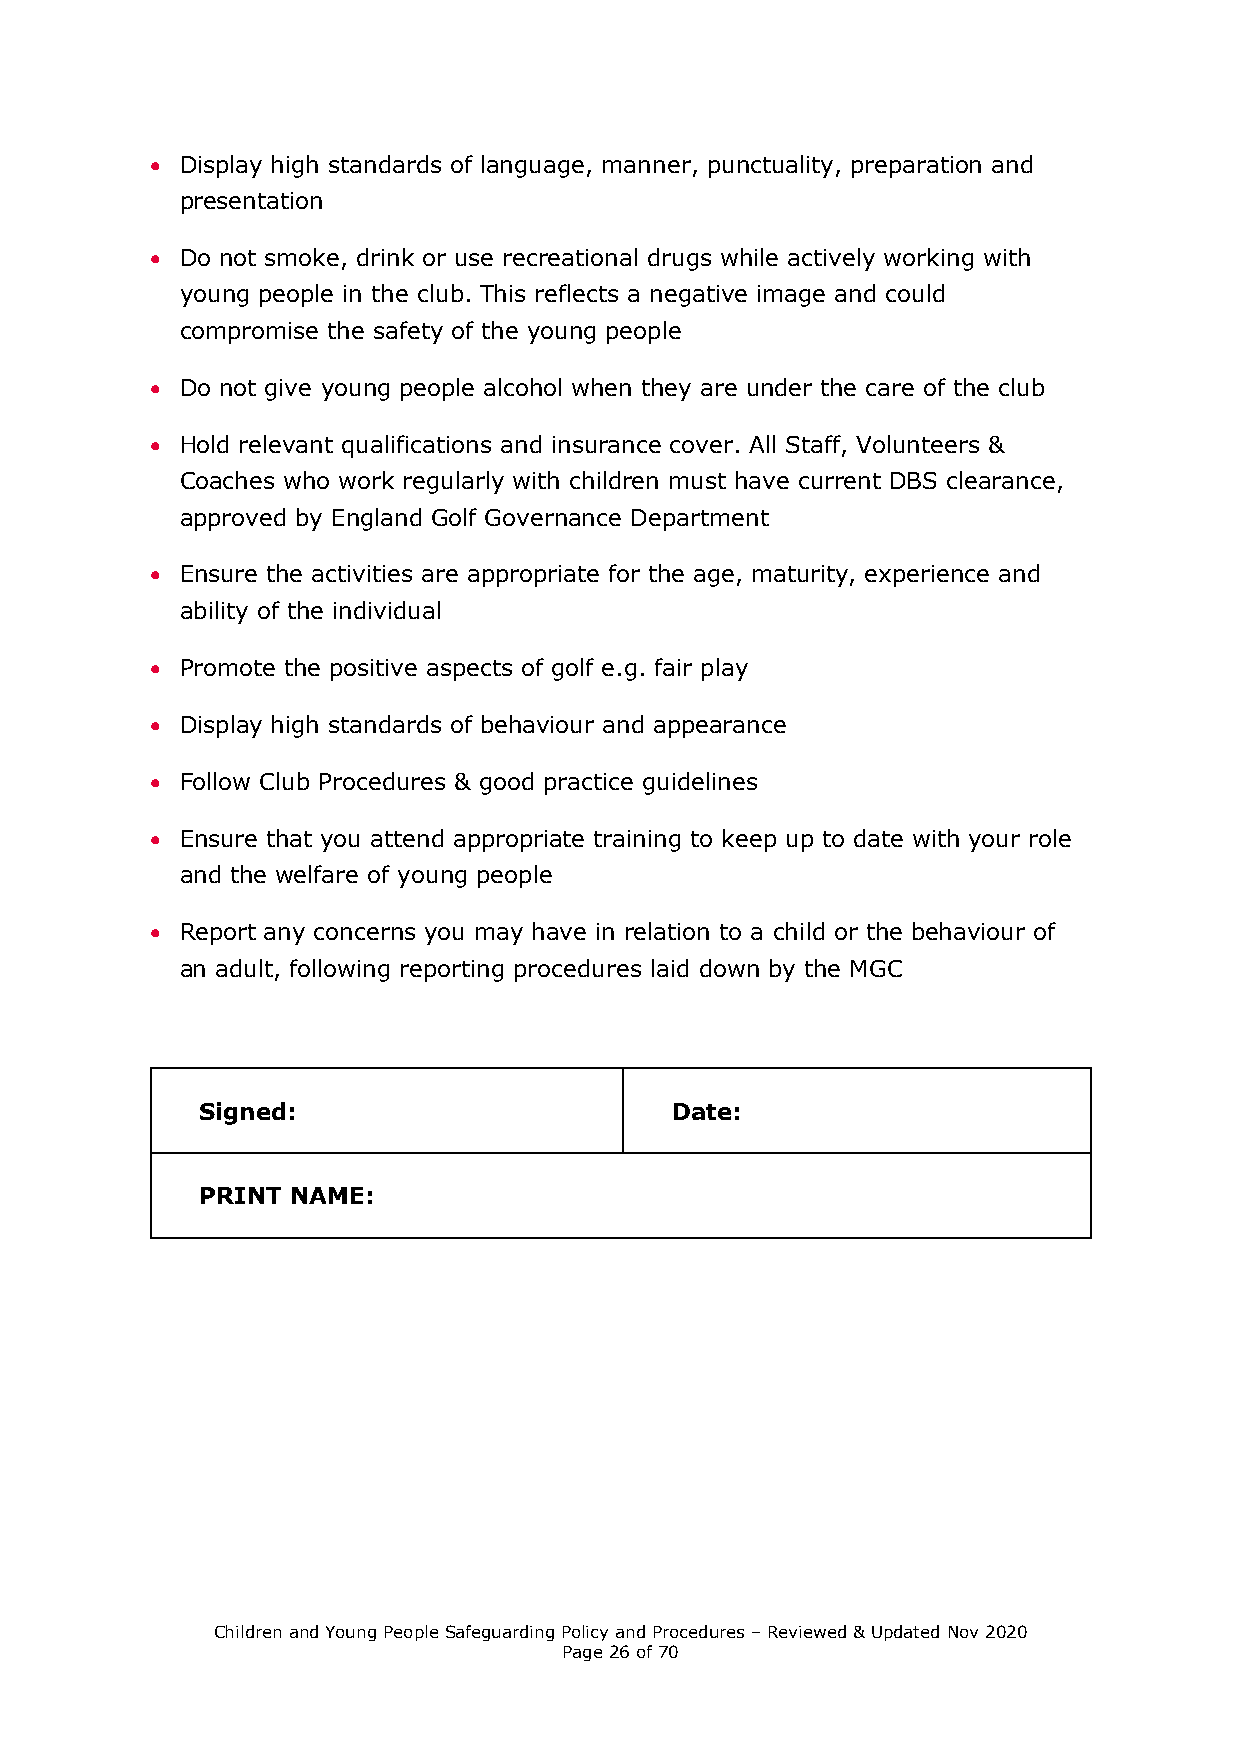
 Display high standards of language, manner, punctuality, preparation and
 presentation
  Do not smoke, drink or use recreational drugs while actively working with
 young people in the club. This reflects a negative image and could
 compromise the safety of the young people
  Do not give young people alcohol when they are under the care of the club
  Hold relevant qualifications and insurance cover. All Staff, Volunteers &
 Coaches who work regularly with children must have current DBS clearance,
 approved by England Golf Governance Department
  Ensure the activities are appropriate for the age, maturity, experience and
 ability of the individual
  Promote the positive aspects of golf e.g. fair play
  Display high standards of behaviour and appearance
  Follow Club Procedures & good practice guidelines
  Ensure that you attend appropriate training to keep up to date with your role
 and the welfare of young people
  Report any concerns you may have in relation to a child or the behaviour of
 an adult, following reporting procedures laid down by the MGC
 Signed:                        Date:
 PRINT NAME:
 Children and Young People Safeguarding Policy and Procedures – Reviewed & Updated Nov 2020
 Page 26 of 70